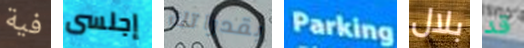
فية إجلسى بقدراتك Parking بلال قد